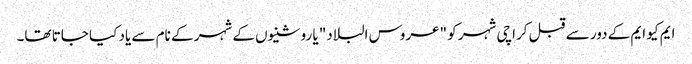
ایم کیو ایم کے دور سے قبل کراچی شہر کو "عروس البلاد" یا روشنیوں کے شہر کے نام سے یاد کیا جاتا تھا۔